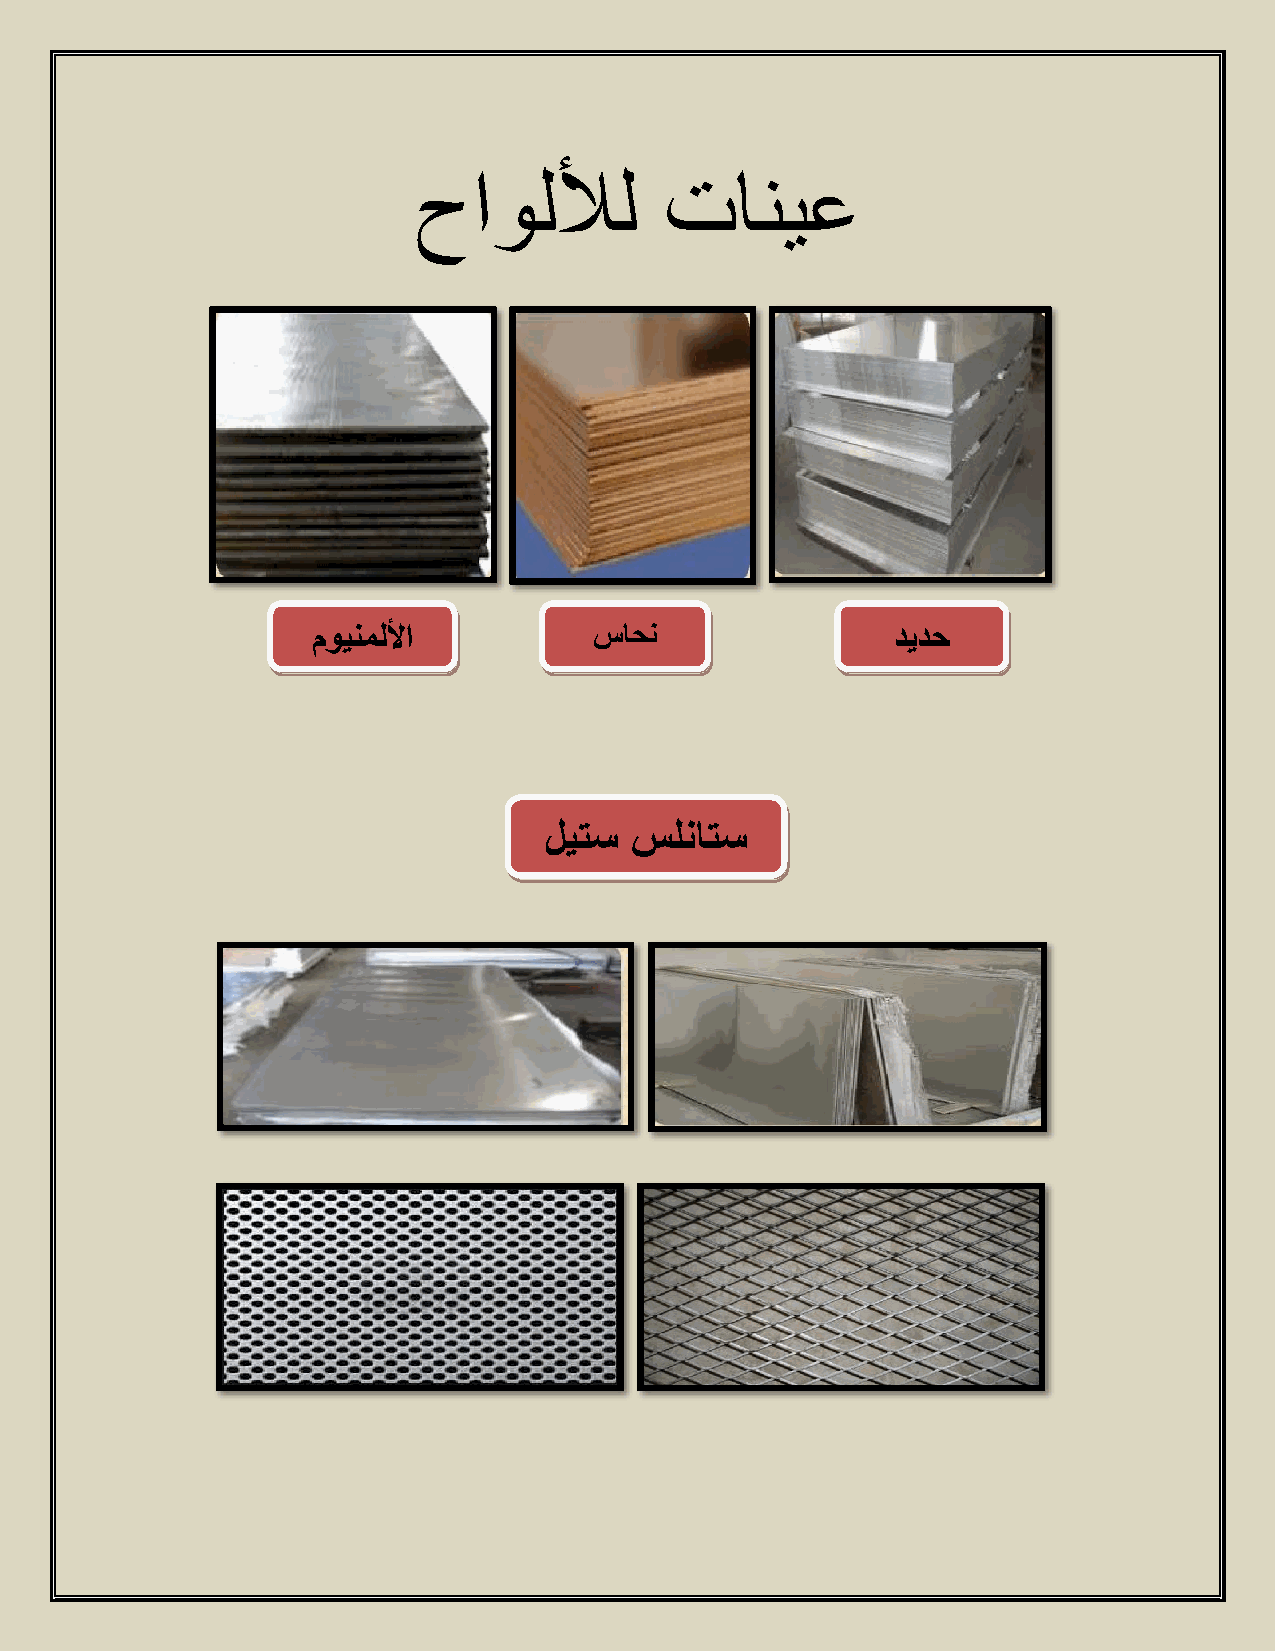
حاوللأل          تانيع
 موينمللأا         ساحن                ديدح
 ليتس  سلناتس